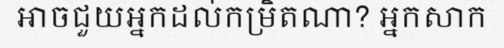
អាចជួយអ្នកដល់កម្រិតណា? អ្នកសាក